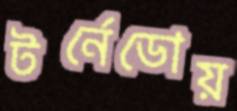
টর্নেডোয়